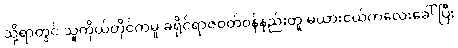
သို့ရာတွင် သူကိုယ်တိုင်ကမူ ခရိုင်ရာဇဝတ်ဝန်နည်းတူ မယားငယ်ကလေးခေါ်ပြီး